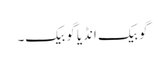
گو بیک انڈیا گو بیک۔